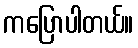
ကပြောပါတယ်။